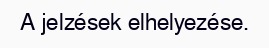
A jelzések elhelyezése.